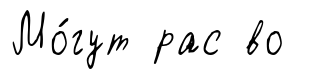
Мо́гут рас во